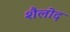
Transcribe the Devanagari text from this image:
शैलोद